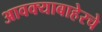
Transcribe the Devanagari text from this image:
आवक्याबाहेरचे